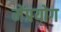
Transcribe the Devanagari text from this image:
मेंप्रयोग